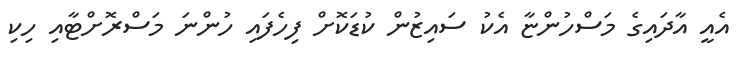
އެއީ އާދައިގެ މަސްހުންޏާ އެކު ސައިޒުން ކުޑަކޮށް ފިހެފައި ހުންނަ މަސްރޮށްޓާއި ހިކި